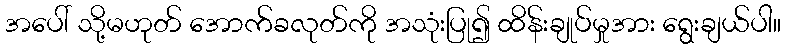
အပေါ် သို့မဟုတ် အောက်ခလုတ်ကို အသုံးပြု၍ ထိန်းချုပ်မှုအား ရွေးချယ်ပါ။